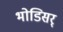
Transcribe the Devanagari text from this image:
भोडिसर्